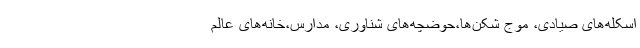
اسکله‌های صیادی، موج شکن‌ها،حوضچه‌های شناوری، مدارس،خانه‌های عالم